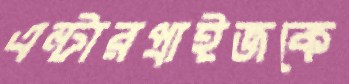
এন্টারপ্রাইজকে